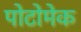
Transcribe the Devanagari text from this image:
पोटोमेक